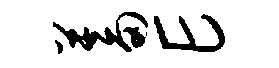
蓄E